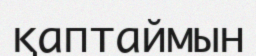
қаптаймын